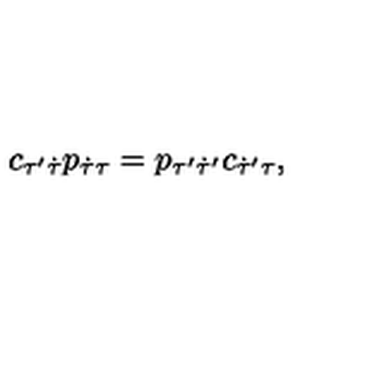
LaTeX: c _ { \tau ^ { \prime } \dot { \tau } } p _ { \dot { \tau } \tau } = p _ { \tau ^ { \prime } \dot { \tau } ^ { \prime } } c _ { \dot { \tau } ^ { \prime } \tau } ,